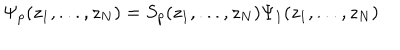
\Psi _ { p } ( z _ { 1 } , . . . , z _ { N } ) = S _ { p } ( z _ { 1 } , . . . , z _ { N } ) \Psi _ { 1 } ( z _ { 1 } , . . . , z _ { N } )